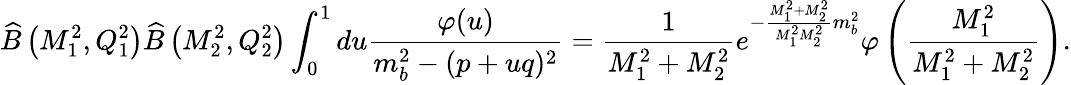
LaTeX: \widehat{B}\left(M_{1}^{2},Q_{1}^{2}\right)\widehat{B}\left(M_{2}^{2},Q_{2}^{2}\right)\int_{0}^{1}du\frac{\varphi(u)}{m_{b}^{2}-(p+uq)^{2}}=\frac{1}{M_{1}^{2}+M_{2}^{2}}e^{-\frac{M_{1}^{2}+M_{2}^{2}}{M_{1}^{2}M_{2}^{2}}m_{b}^{2}}\varphi\left(\frac{M_{1}^{2}}{M_{1}^{2}+M_{2}^{2}}\right).